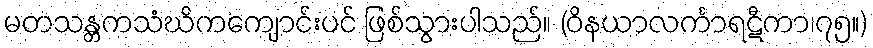
မတသန္တကသံဃိကကျောင်းပင် ဖြစ်သွားပါသည်။ (ဝိနယာလင်္ကာရဋီကာ၊၇၅။)